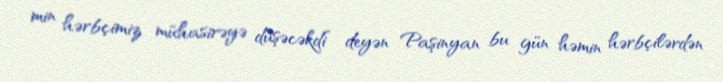
min hərbçimiz mühasirəyə düşəcəkdi” deyən Paşinyan bu gün həmin hərbçilərdən